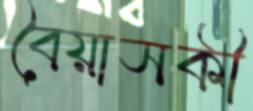
বৈয়াসকী